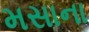
મસાના